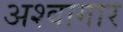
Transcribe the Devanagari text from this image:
अश्वागार